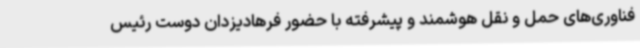
فناوری‌های حمل و نقل هوشمند و پیشرفته با حضور فرهادیزدان دوست رئیس